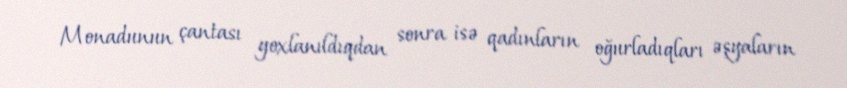
Monadunun çantası yoxlanıldıqdan sonra isə qadınların oğurladıqları əşyaların